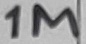
Text: 1M